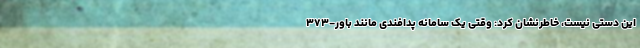
این دستی نیست، خاطرنشان کرد: وقتی یک سامانه پدافندی مانند باور-۳۷۳